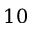
1 0